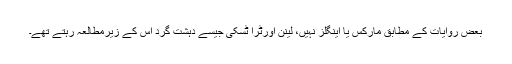
بعض روایات کے مطابق مارکس یا اینگلز نہیں، لینن اورٹرا ٹسکی جیسے دہشت گرد اس کے زیرمطالعہ رہتے تھے۔